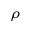
\rho